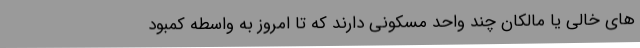
های خالی یا مالکان چند واحد مسکونی دارند که تا امروز به واسطه کمبود